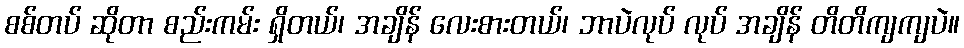
စစ်တပ် ဆိုတာ စည်းကမ်း ရှိတယ်၊ အချိန် လေးစားတယ်၊ ဘာပဲလုပ် လုပ် အချိန် တိတိကျကျပဲ။